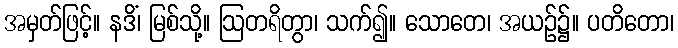
အမှတ်ဖြင့်။ နဒိံ၊ မြစ်သို့။ ဩတရိတွာ၊ သက်၍။ သောတေ၊ အယဉ်၌။ ပတိတော၊